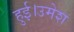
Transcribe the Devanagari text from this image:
हुई।उमेश